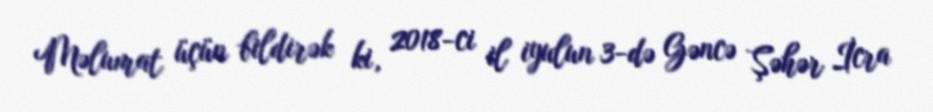
Məlumat üçün bildirək ki, 2018-ci il iyulun 3-də Gəncə Şəhər İcra